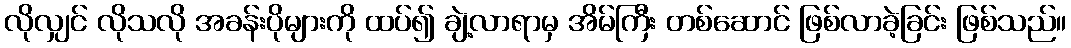
လိုလျှင် လိုသလို အခန်းပိုများကို ထပ်၍ ချဲ့လာရာမှ အိမ်ကြီး တစ်ဆောင် ဖြစ်လာခဲ့ခြင်း ဖြစ်သည်။